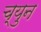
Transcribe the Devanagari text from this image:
च्युन